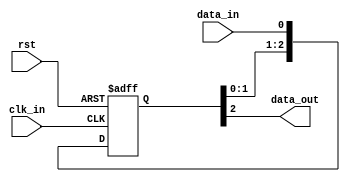
module three_flop_sync (
    input wire clk_in,
    input wire rst,
    input wire data_in,
    output reg data_out
);

reg [2:0] sync_reg;

always @(posedge clk_in or posedge rst) begin
    if (rst) begin
        sync_reg <= 3'b0;
    end else begin
        sync_reg <= {sync_reg[1:0], data_in};
    end
end

assign data_out = sync_reg[2];

endmodule